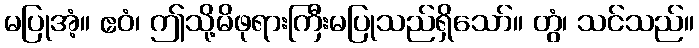
မပြုအံ့။ ဧဝံ၊ ဤသို့မိဖုရားကြီးမပြုသည်ရှိသော်။ တွံ၊ သင်သည်။